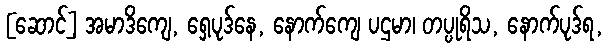
[ဆောင်] အမာဒိကျေ, ရှေ့ပုဒ်နေ, နောက်ကျေ ပဌမာ၊ တပ္ပုရိသ, နောက်ပုဒ်ရ,